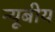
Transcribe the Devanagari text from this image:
न्यूबीय